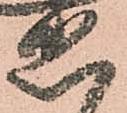
惑